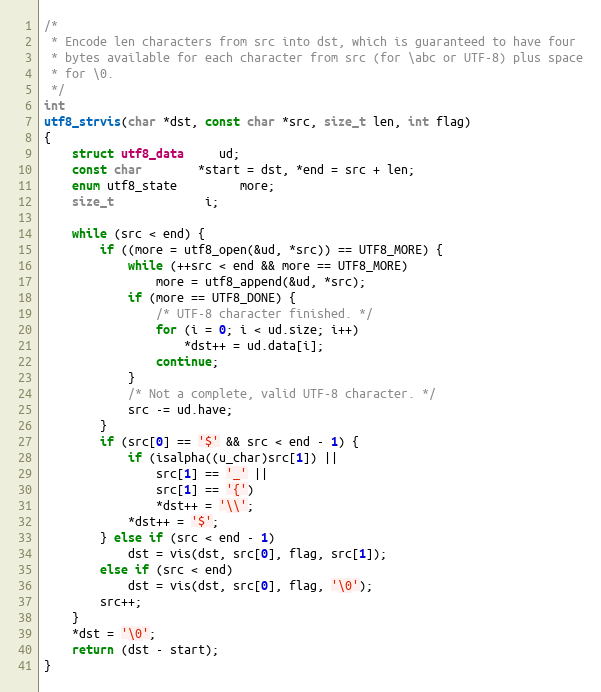
Language: C
/*
 * Encode len characters from src into dst, which is guaranteed to have four
 * bytes available for each character from src (for \abc or UTF-8) plus space
 * for \0.
 */
int
utf8_strvis(char *dst, const char *src, size_t len, int flag)
{
	struct utf8_data	 ud;
	const char		*start = dst, *end = src + len;
	enum utf8_state		 more;
	size_t			 i;

	while (src < end) {
		if ((more = utf8_open(&ud, *src)) == UTF8_MORE) {
			while (++src < end && more == UTF8_MORE)
				more = utf8_append(&ud, *src);
			if (more == UTF8_DONE) {
				/* UTF-8 character finished. */
				for (i = 0; i < ud.size; i++)
					*dst++ = ud.data[i];
				continue;
			}
			/* Not a complete, valid UTF-8 character. */
			src -= ud.have;
		}
		if (src[0] == '$' && src < end - 1) {
			if (isalpha((u_char)src[1]) ||
			    src[1] == '_' ||
			    src[1] == '{')
				*dst++ = '\\';
			*dst++ = '$';
		} else if (src < end - 1)
			dst = vis(dst, src[0], flag, src[1]);
		else if (src < end)
			dst = vis(dst, src[0], flag, '\0');
		src++;
	}
	*dst = '\0';
	return (dst - start);
}